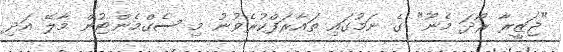
"ޖަޒީރާ ރޯދަ މެނޫ" ގެ ނަމުގައި ތައާރަފްކުރެވުނު މި ސެގްމެންޓުން މާލޭ އަދި